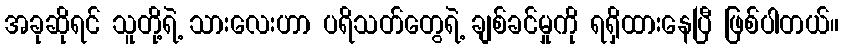
အခုဆိုရင် သူတို့ရဲ့ သားလေးဟာ ပရိသတ်တွေရဲ့ ချစ်ခင်မှုကို ရရှိထားနေပြီ ဖြစ်ပါတယ်။